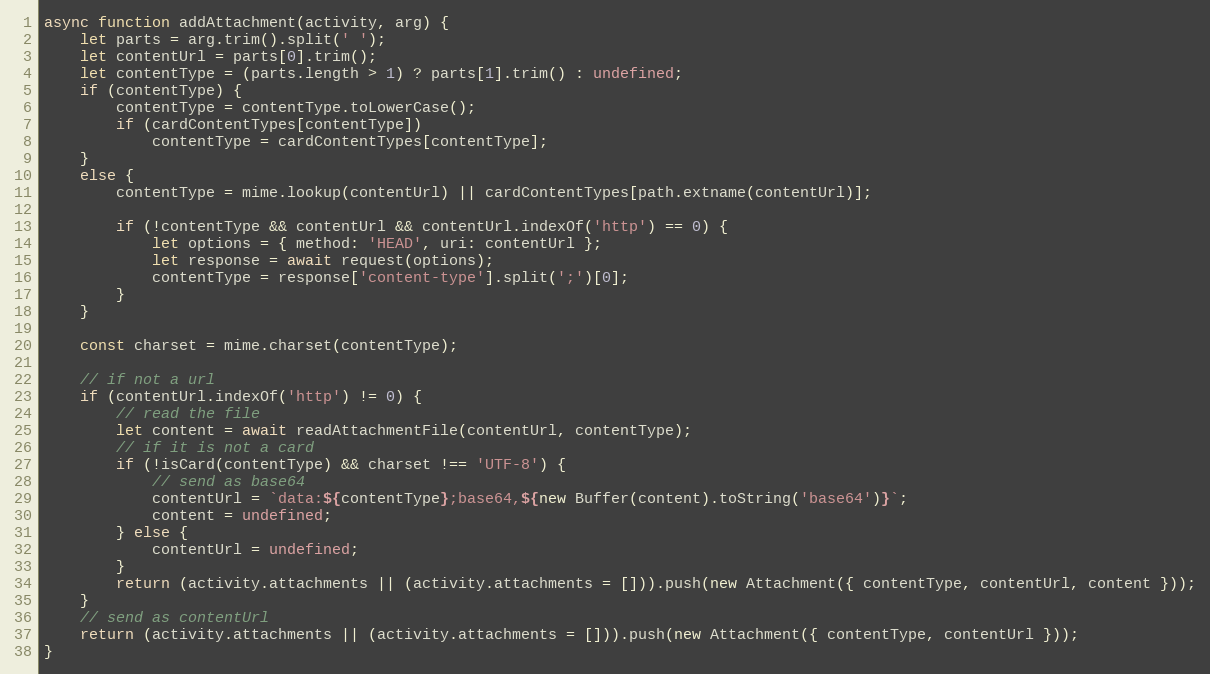
Language: JavaScript
async function addAttachment(activity, arg) {
    let parts = arg.trim().split(' ');
    let contentUrl = parts[0].trim();
    let contentType = (parts.length > 1) ? parts[1].trim() : undefined;
    if (contentType) {
        contentType = contentType.toLowerCase();
        if (cardContentTypes[contentType])
            contentType = cardContentTypes[contentType];
    }
    else {
        contentType = mime.lookup(contentUrl) || cardContentTypes[path.extname(contentUrl)];

        if (!contentType && contentUrl && contentUrl.indexOf('http') == 0) {
            let options = { method: 'HEAD', uri: contentUrl };
            let response = await request(options);
            contentType = response['content-type'].split(';')[0];
        }
    }

    const charset = mime.charset(contentType);

    // if not a url
    if (contentUrl.indexOf('http') != 0) {
        // read the file
        let content = await readAttachmentFile(contentUrl, contentType);
        // if it is not a card
        if (!isCard(contentType) && charset !== 'UTF-8') {
            // send as base64
            contentUrl = `data:${contentType};base64,${new Buffer(content).toString('base64')}`;
            content = undefined;
        } else {
            contentUrl = undefined;
        }
        return (activity.attachments || (activity.attachments = [])).push(new Attachment({ contentType, contentUrl, content }));
    }
    // send as contentUrl
    return (activity.attachments || (activity.attachments = [])).push(new Attachment({ contentType, contentUrl }));
}